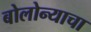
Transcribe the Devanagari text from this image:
बोलोन्याचा